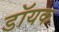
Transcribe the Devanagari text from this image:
डॉयक